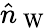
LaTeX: \hat{n}_{\mathrm{~W~}}